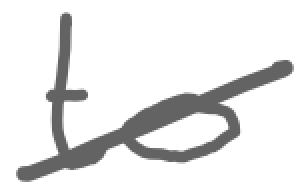
Text: to
Cross-out: diagonal
Writing tool: digital_gray